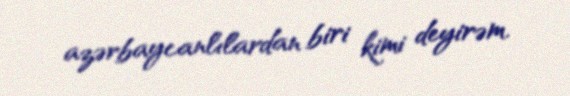
azərbaycanlılardan biri kimi deyirəm.